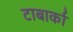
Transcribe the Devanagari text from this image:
टाबार्का